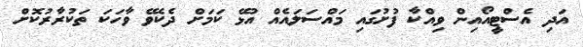
އަދި އެސްޓީއޯއިން ވިއްކާ ފުށުގައި މައްސަލައެއް އުޅޭ ކަމަށް ދެކެވޭ ވާހަކަ ތަކުރާރުކޮށް